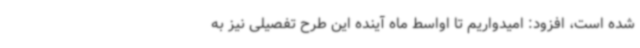
شده است، افزود: امیدواریم تا اواسط ماه آینده این طرح تفصیلی نیز به